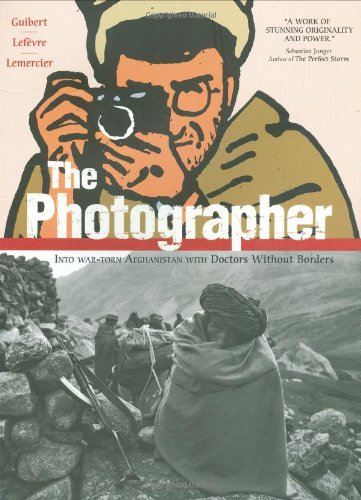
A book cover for The Photographer: Into War-torn Afghanistan with Doctors Without Borders; Emmanuel Guibert; Comics & Graphic Novels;